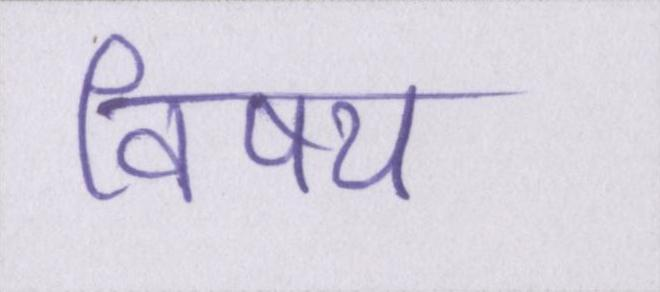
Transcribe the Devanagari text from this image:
विषय